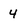
Character: 4